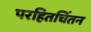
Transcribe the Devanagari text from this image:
परहितचिंतन